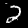
Label: 2